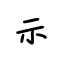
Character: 示